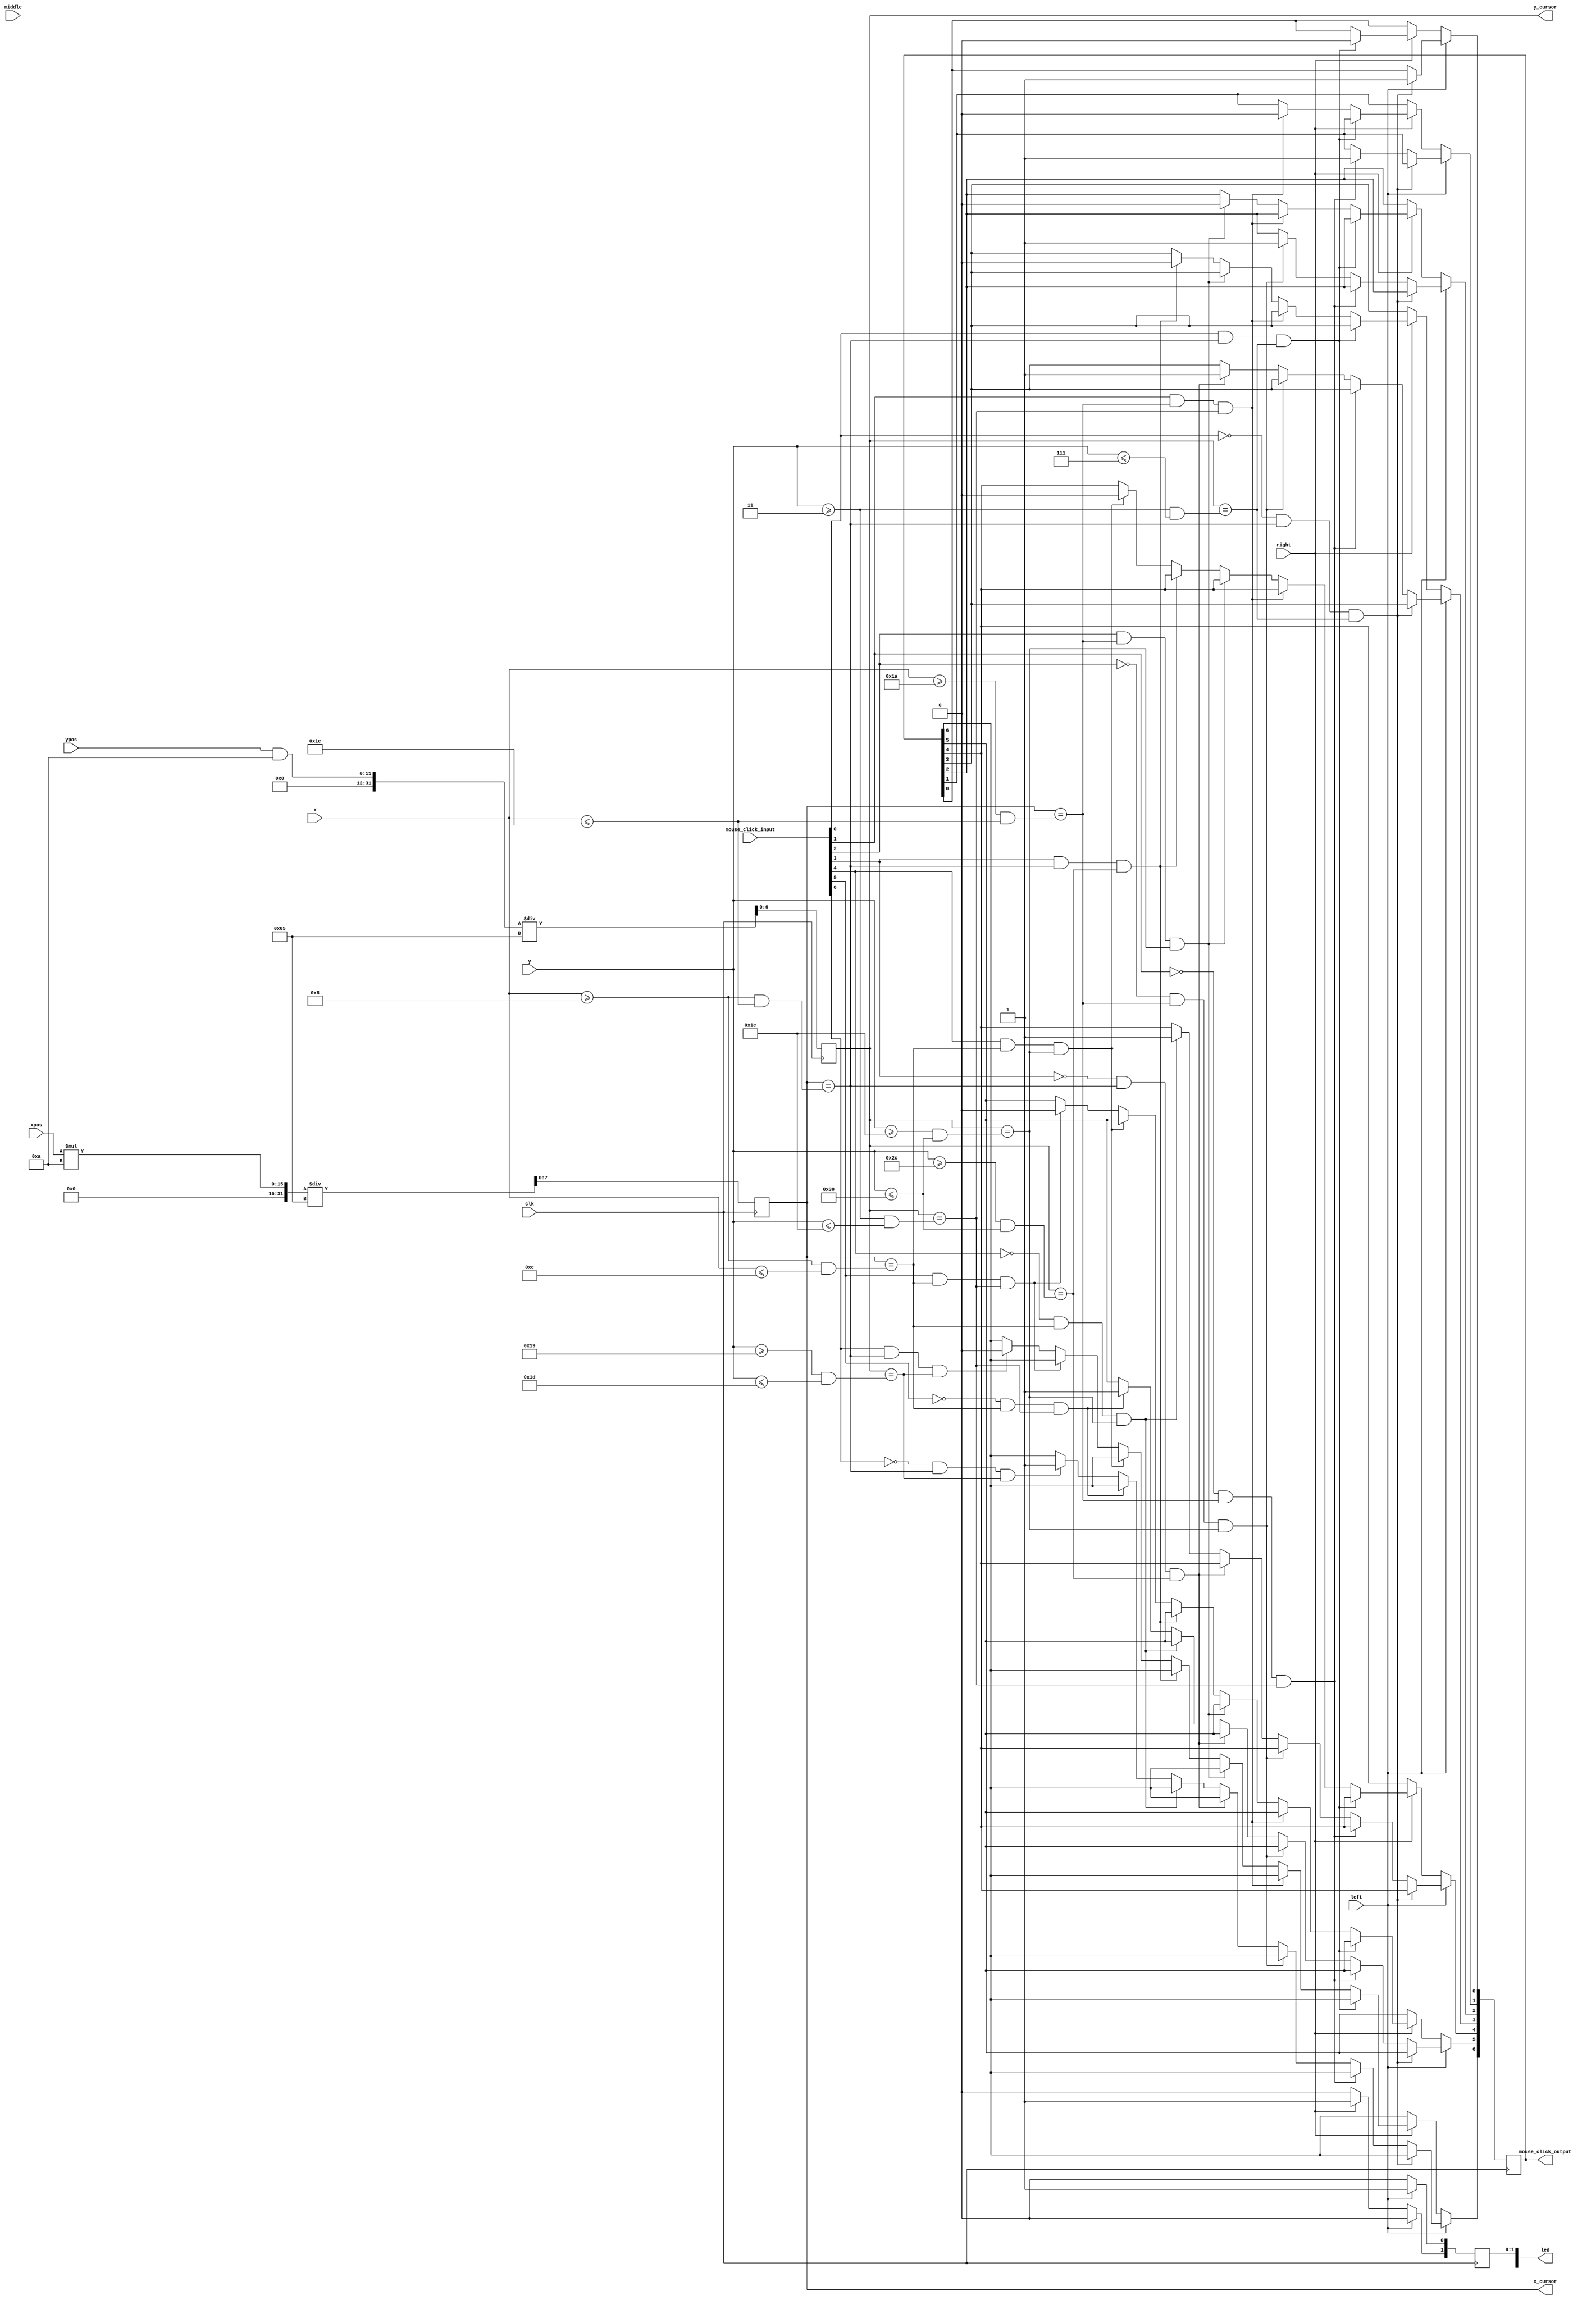
`timescale 1ns / 1ps

module mouse_program(
    input clk,             
    input [6:0] x,         
    input [5:0] y, 
    input [11:0] xpos,
    input [11:0] ypos,
    input [6:0] mouse_click_input,
    input left, middle, right,
    output reg [15:0] led,       
    output reg [6:0] mouse_click_output,
    output reg [7:0] x_cursor,
    output reg [6:0] y_cursor
    );

    always @(posedge clk) begin
//       x_cursor <= (xpos * 10) / 101; 
//       y_cursor <= (ypos * 10) / 101;
       // for 3x3 cursor
       x_cursor <= (xpos * 10) / 101;
       y_cursor <= (ypos & 10) / 101;
               
        if (left == 1) begin
            led[0] <= 1;
            led[1] <= 0;
//            if ((mouse_click_input[0] == 0) && (x_cursor>=8&&x_cursor<=30&&y_cursor>=3&&y_cursor<=7)) begin mouse_click_output[0] <= 1; end // set mouse_click_output to 1 if initial is 0 and within the rectangle
//            else if ((mouse_click_input[1] == 0) && (x_cursor>=26&&x_cursor<=30&&y_cursor>=3&&y_cursor<=28)) begin mouse_click_output[1] <= 1; end
//            else if ((mouse_click_input[2] == 0) && (x_cursor>=26&&x_cursor<=30&&y_cursor>=28&&y_cursor<=48)) begin mouse_click_output[2] <= 1; end
//            else if ((mouse_click_input[3] == 0) && (x_cursor>=8&&x_cursor<=30&&y_cursor>=44&&y_cursor<=48)) begin mouse_click_output[3] <= 1; end
//            else if ((mouse_click_input[4] == 0) && (x_cursor>=8&&x_cursor<=12&&y_cursor>=28&&y_cursor<=48)) begin mouse_click_output[4] <= 1; end
//            else if ((mouse_click_input[5] == 0) && (x_cursor>=8&&x_cursor<=12&&y_cursor>=3&&y_cursor<=28)) begin mouse_click_output[5] <= 1; end
//            else if ((mouse_click_input[6] == 0) && (x_cursor>=8&&x_cursor<=30&&y_cursor>=25&&y_cursor<=29)) begin mouse_click_output[6] <= 1; end
            if ((mouse_click_input[0] == 0) && x_cursor == (x>=8&&x<=30) && y_cursor == (y>=3&&y<=7)) begin mouse_click_output[0] <= 1; end // set mouse_click_output to 1 if initial is 0 and within the rectangle
            else if ((mouse_click_input[1] == 0) && x_cursor == (x>=26&&x<=30) && y_cursor == (y>=3&&y<=28)) begin mouse_click_output[1] <= 1; end
            else if ((mouse_click_input[2] == 0) && x_cursor == (x>=26&&x<=30) && y_cursor == (y>=28&&y<=48)) begin mouse_click_output[2] <= 1; end
            else if ((mouse_click_input[3] == 0) && x_cursor == (x>=8&&x<=30) && y_cursor == (y>=44&&y<=48)) begin mouse_click_output[3] <= 1; end
            else if ((mouse_click_input[4] == 0) && x_cursor == (x>=8&&x<=12) && y_cursor == (y>=28&&y<=48)) begin mouse_click_output[4] <= 1; end
            else if ((mouse_click_input[5] == 0) && x_cursor == (x>=8&&x<=12) && y_cursor == (y>=3&&y<=28)) begin mouse_click_output[5] <= 1; end
            else if ((mouse_click_input[6] == 0) && x_cursor == (x>=8&&x<=30) && y_cursor == (y>=25&&y<=29)) begin mouse_click_output[6] <= 1; end
        end
       
        else if (right == 1) begin
            led[1] <= 1;
            led[0] <= 0;
           if ((mouse_click_input[0] == 1) && x_cursor == (x>=8&&x<=30) && y_cursor == (y>=3&&y<=7)) begin mouse_click_output[0] <= 0; end // set mouse_click_output to 1 if initial is 0 and within the rectangle
            else if ((mouse_click_input[1] == 1) && x_cursor == (x>=26&&x<=30) && y_cursor == (y>=3&&y<=28)) begin mouse_click_output[1] <= 0; end
            else if ((mouse_click_input[2] == 1) && x_cursor == (x>=26&&x<=30) && y_cursor == (y>=28&&y<=48)) begin mouse_click_output[2] <= 0; end
            else if ((mouse_click_input[3] == 1) && x_cursor == (x>=8&&x<=30) && y_cursor == (y>=44&&y<=48)) begin mouse_click_output[3] <= 0; end
            else if ((mouse_click_input[4] == 1) && x_cursor == (x>=8&&x<=12) && y_cursor == (y>=28&&y<=48)) begin mouse_click_output[4] <= 0; end
            else if ((mouse_click_input[5] == 1) && x_cursor == (x>=8&&x<=12) && y_cursor == (y>=3&&y<=28)) begin mouse_click_output[5] <= 0; end
            else if ((mouse_click_input[6] == 1) && x_cursor == (x>=8&&x<=30) && y_cursor == (y>=25&&y<=29)) begin mouse_click_output[6] <= 0; end
        end
        else begin
            led[0] <= 0;
            led[1] <= 0;
        end
    end // always
endmodule